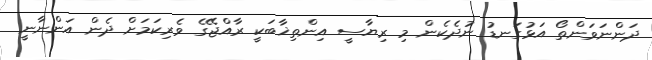
ދަންނަވަންތޯ އަޅުގަނޑު ނުދެކެން މި ރިޔާސީ އިންތިޚާބަކީ ރާއްޖޭގެ ވެރިކަމަށް ދެން އަންނާނީ